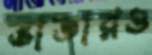
ভাতারও